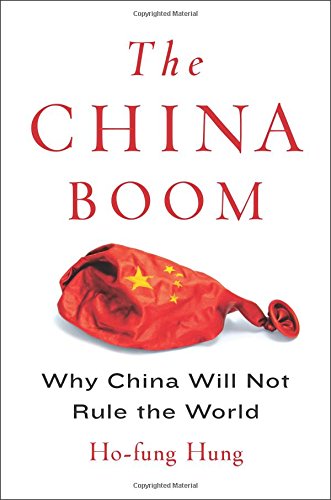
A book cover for The China Boom: Why China Will Not Rule the World (Contemporary Asia in the World); Ho-fung Hung; Business & Money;